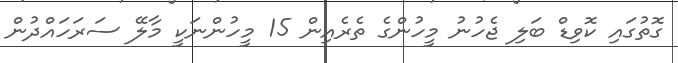
ގޮތުގައި ކޮވިޑް ބަލި ޖެހުނު މީހުންގެ ތެރެއިން 15 މީހުންނަކީ މާލޭ ސަރަހައްދުން